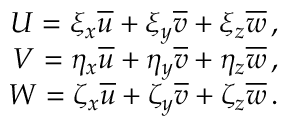
\begin{array} { r } { { U = \xi _ { x } \overline { { u } } + \xi _ { y } \overline { { v } } + \xi _ { z } \overline { { w } } \, \mathrm { , } } } \\ { { V = \eta _ { x } \overline { { u } } + \eta _ { y } \overline { { v } } + \eta _ { z } \overline { { w } } \, \mathrm { , } } } \\ { { W = \zeta _ { x } \overline { { u } } + \zeta _ { y } \overline { { v } } + \zeta _ { z } \overline { { w } } \, \mathrm { . } } } \end{array}